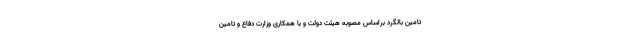
تامین بالگرد براساس مصوبه هیئت دولت و با همکاری وزارت دفاع و تامین